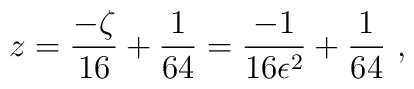
z = \frac{- \zeta}{16} + \frac{1}{64} =\frac{- 1}{16 \epsilon^2 } + \frac{1}{64} \ ,